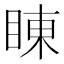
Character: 𮵇